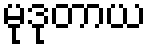
မုဒုတာယ